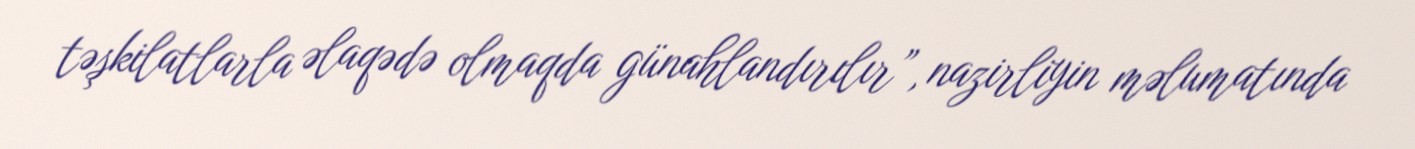
təşkilatlarla əlaqədə olmaqda günahlandırılır”, nazirliyin məlumatında